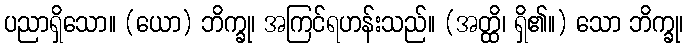
ပညာရှိသော။ (ယော) ဘိက္ခု၊ အကြင်ရဟန်းသည်။ (အတ္ထိ၊ ရှိ၏။) သော ဘိက္ခု၊